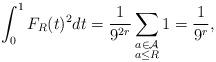
LaTeX: \begin{align*}\int_0^1 F_{R}(t)^2d t=\frac{1}{9^{2r}}\sum_{\substack{a\in\mathcal{A}\\ a\le R}}1=\frac{1}{9^{r}},\end{align*}